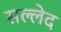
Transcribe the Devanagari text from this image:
सल्लेद